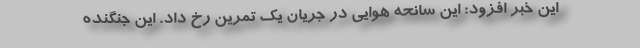
این خبر افزود: این سانحه هوایی در جریان یک تمرین رخ داد. این جنگنده